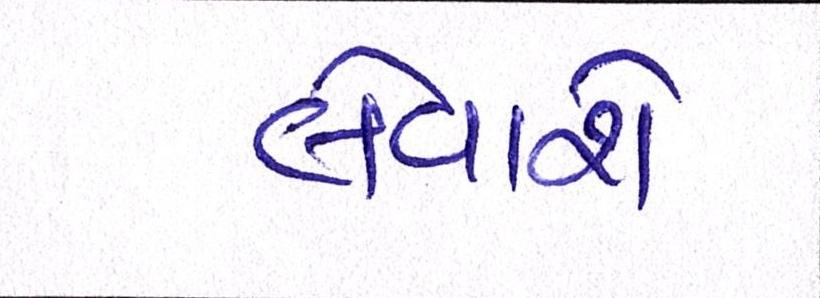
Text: લેવાશે